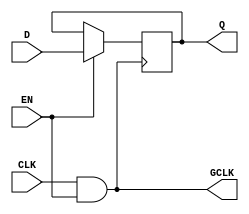
module MemoryBlockClockGating (
    input wire CLK,        // Main clock signal
    input wire EN,         // Enable signal
    output wire GCLK,      // Gated clock signal
    input wire [7:0] D,    // Data input for the memory block
    output reg [7:0] Q     // Data output for the memory block
);

// Gated clock signal generation using an AND gate
assign GCLK = CLK & EN;

// Memory block behavior
always @(posedge GCLK) begin
    if (EN) begin
        Q <= D; // Store data on the rising edge of the gated clock
    end
end

endmodule